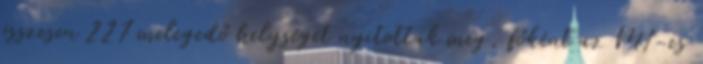
összesen 227 melegedő helységet nyitottak meg, főként az M1-es